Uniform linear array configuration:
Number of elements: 48
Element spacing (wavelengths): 0.5
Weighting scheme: binomial
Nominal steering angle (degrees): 15
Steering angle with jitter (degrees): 16.378
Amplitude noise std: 0.05
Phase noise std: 0.05

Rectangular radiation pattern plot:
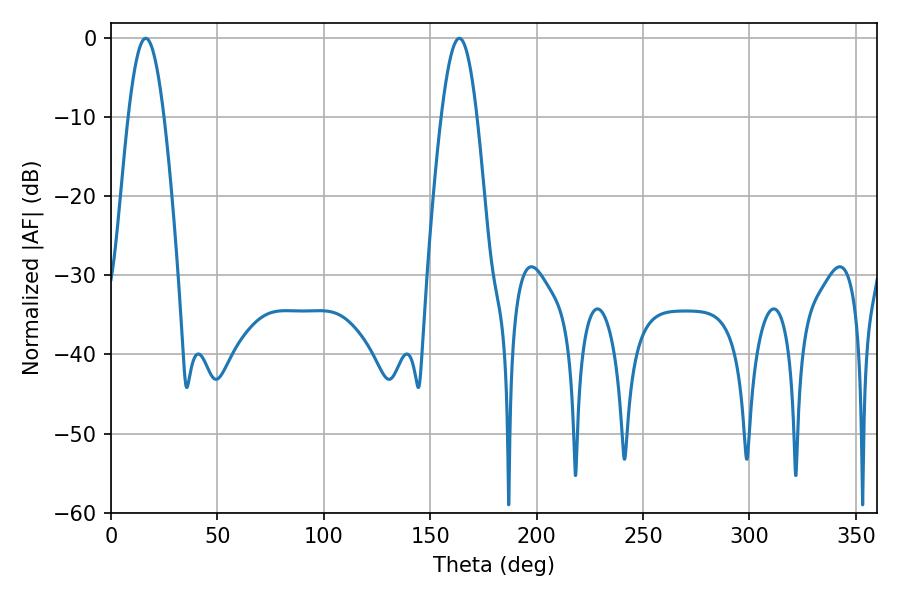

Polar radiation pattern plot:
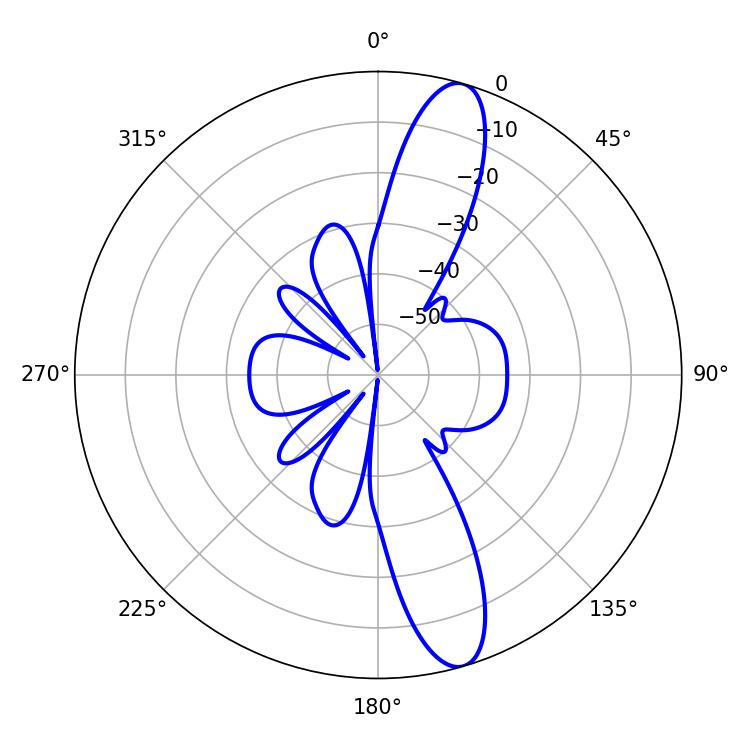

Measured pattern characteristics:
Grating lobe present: FALSE
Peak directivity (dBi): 13.154
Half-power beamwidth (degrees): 9
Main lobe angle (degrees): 16.38